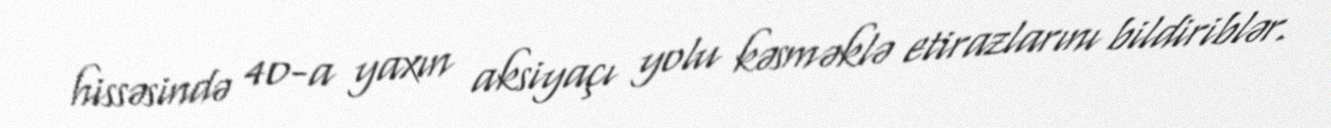
hissəsində 40-a yaxın aksiyaçı yolu kəsməklə etirazlarını bildiriblər.